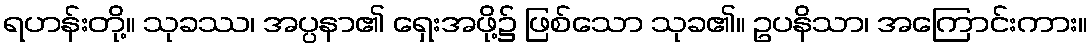
ရဟန်းတို့။ သုခဿ၊ အပ္ပနာ၏ ရှေးအဖို့၌ ဖြစ်သော သုခ၏။ ဥပနိသာ၊ အကြောင်းကား။